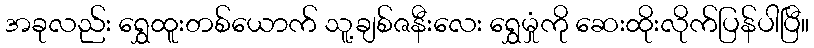
အခုလည်း ရွှေထူးတစ်ယောက် သူ့ချစ်ဇနီးလေး ရွှေမှုံကို ဆေးထိုးလိုက်ပြန်ပါပြီ။